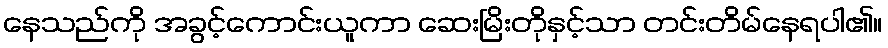
နေသည်ကို အခွင့်ကောင်းယူကာ ဆေးမြိးတိုနှင့်သာ တင်းတိမ်နေရပါ၏။